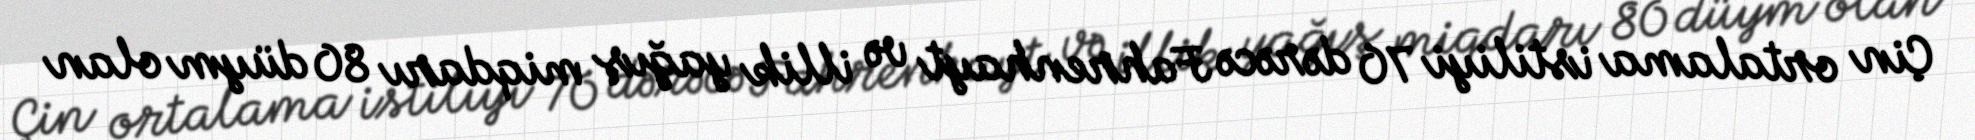
Çin ortalama istiliyi 70 dərəcə Fahrenhayt və illik yağış miqdarı 80 düym olan